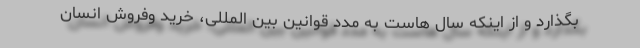
بگذارد و از اینکه سال هاست به مدد قوانین بین المللی، خرید وفروش انسان